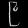
Digit: ၉